Lunatic asylums Punjab 1868-1880 - 1868-1880
Year: 1868
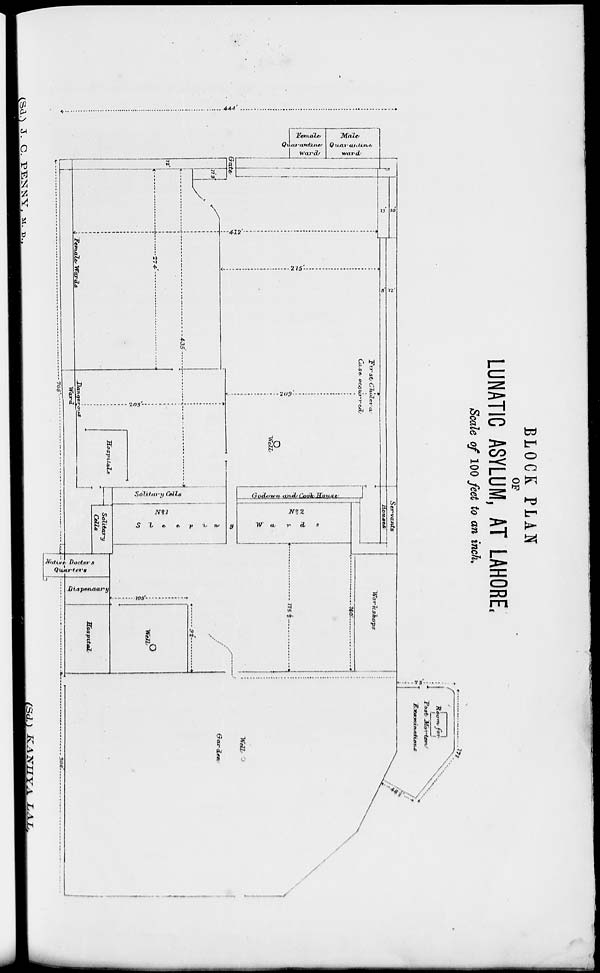
BLOCK PLAN
OF
LUNATIC ASYLUM, AT LAHORE.
Scale of 100 feet to an inch.
(Sd.) J. C. PENNY, M. D.
(Sd.) KANHYA LAL